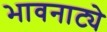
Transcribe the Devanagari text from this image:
भावनाट्ये